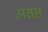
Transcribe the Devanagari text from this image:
अतप्त